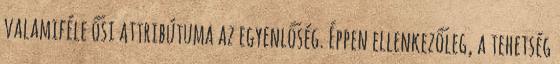
valamiféle ősi attribútuma az egyenlőség. Éppen ellenkezőleg, a tehetség